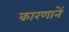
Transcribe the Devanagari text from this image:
कारणानें